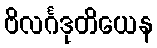
ဗိလင်္ဂဒုတိယေန